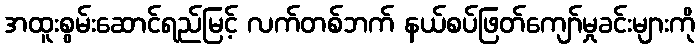
အထူးစွမ်းဆောင်ရည်မြင့် လက်တစ်ဘက် နယ်စပ်ဖြတ်ကျော်မှုခင်းများကို